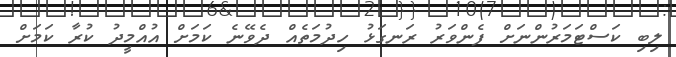
ލިބި ކަސްޓަމަރުންނަށް ފެންވަރު ރަނގަޅު ހިދުމަތެއް ދެވޭނެ ކަމަށް އުއްމީދު ކުރާ ކަމަށް